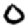
Digit: 0